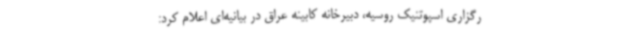
رگزاری اسپوتنیک روسیه، دبیرخانه کابینه عراق در بیانیه‌ای اعلام کرد: